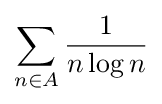
\sum _{n\in A}{\frac {1}{n\log n}}